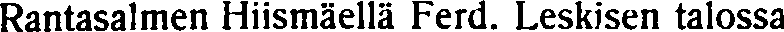
Rantasalmen Hiismäellä Ferd. Leskisen talossa